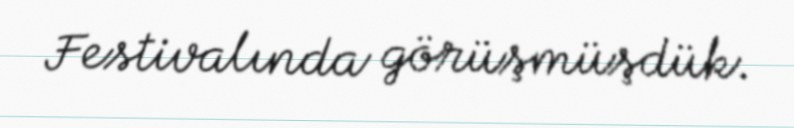
Festivalında görüşmüşdük.